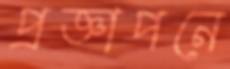
প্রজ্ঞাপনে